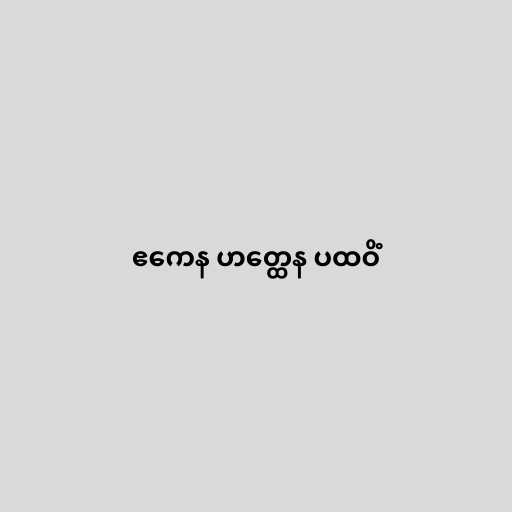
ဧကေန ဟတ္ထေန ပထဝိံ